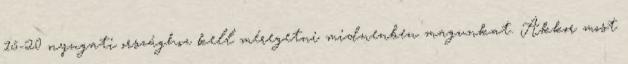
15-20 nyugati országhoz kell méregetni midnenben magunkat. Akkor most